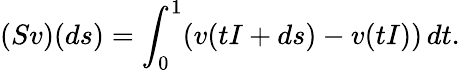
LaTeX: (Sv)(ds)=\int_{0}^{1}(v(tI+ds)-v(tI))\, dt.